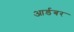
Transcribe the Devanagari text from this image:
आर्डबर